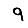
Digit: 9